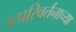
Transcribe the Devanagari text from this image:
उत्परिवर्तनाच्या